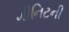
મીનિટની